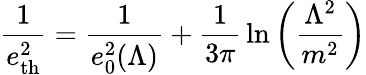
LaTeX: {\frac{1}{e_{\mathrm{th}}^{2}}}={\frac{1}{e_{0}^{2}(\Lambda)}}+{\frac{1}{3\pi}}\ln\left(\frac{\Lambda^{2}}{m^{2}}\right)